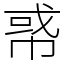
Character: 𢃤